Relation of titanus [i.e. tetanus] to the hypodermic or intramuscular injection of quinine - Number 43
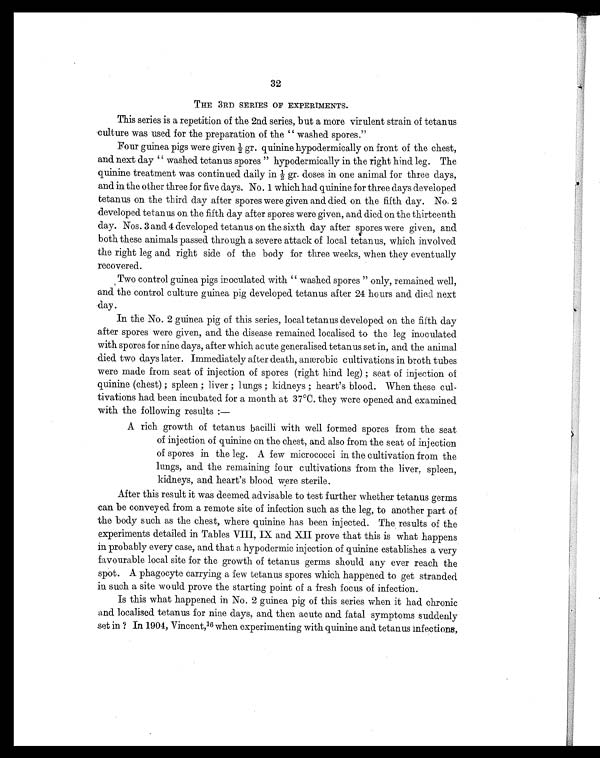
32
THE 3RD SERIES OF EXPERIMENTS.
This series is a repetition of the 2nd series, but a more virulent strain of tetanus
culture was used for the preparation of the " washed spores."
Four guinea pigs were given 1/2gr. quinine hypodermically on front of the chest,
and next day " washed tetanus spores " hypodermically in the right hind leg. The
quinine treatment was continued daily in ½g r . d o s e s i n o n e a n i m a l f o r t h r e e d a y s ,
and in the other three for five days. No. 1 which had quinine for three days developed
tetanus on the third day after spores were given and died on the fifth day. No. 2
developed tetanus on the fifth day after spores were given, and died on the thirteenth
day. Nos. 3 and 4 developed tetanus on the sixth day after spores were given, and
both these animals passed through a severe attack of local tetanus, which involved
the right leg and right side of the body for three weeks, when they eventually
recovered.
Two control guinea pigs inoculated with " washed spores " only, remained well,
and the control culture guinea pig developed tetanus after 24 hours and died next
day .
In the No. 2 guinea pig of this series, local tetanus developed on the fifth day
after spores were given, and the disease remained localised to the leg inoculated
with spores for nine days, after which acute generalised tetanus set in, and the animal
died two days later. Immediately after death, anæerobic cultivations in broth tubes
were made from seat of injection of spores (right hind leg) ; seat of injection of
quinine (chest) ; spleen ; liver ; lungs ; kidneys ; heart's blood. When these cul-
tivations had been incubated for a month at 37°C. they were opened and examined
with the following results :
—
A rich growth of tetanus bacilli with well formed spores from the seat
of injection of quinine on the chest, and also from the seat of injection
of spores in the leg. A few micrococci in the cultivation from the
lungs, and the remaining four cultivations from the liver, spleen,
kidneys, and heart's blood were sterile.
After this result it was deemed advisable to test further whether tetanus germs
can be conveyed from a remote site of infection such as the leg, to another part of
the body such as the chest, where quinine has been injected. The results of the
experiments detailed in Tables VIII, IX and XII prove that this is what happens
in probably every case, and that a hypodermic injection of quinine establishes a very
favourable local site for the growth of tetanus germs should any ever reach the
spot. A phagocyte carrying a few tetanus spores which happened to get stranded
in such a site would prove the starting point of a fresh focus of infection.
Is this what happened in No. 2 guinea pig of this series when it had chronic
and localised tetanus for nine days, and then acute and fatal symptoms suddenly
set in ? In 1904, Vincent, 16 when experimenting with quinine and tetanus infections,